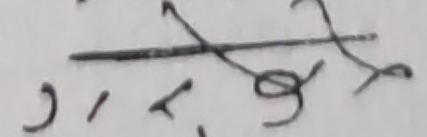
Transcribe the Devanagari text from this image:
रकिमयग